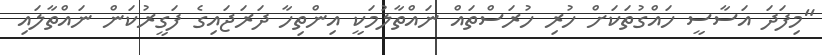
"މިފަދަ އަސާސީ ހައްގުތަކަށް ހުރި ހުރަސްތައް ނައްތާލުމަކީ އިންތިހާ ދަރަޖައިގެ ފަގީރުކަން ނައްތާލައި